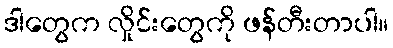
ဒါတွေက လှိုင်းတွေကို ဖန်တီးတာပါ။